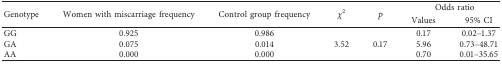
<table><thead><tr><td rowspan="2"><b>Genotype</b></td><td rowspan="2"><b>Women with miscarriage frequency</b></td><td rowspan="2"><b>Control group frequency</b></td><td rowspan="2"><b><i>χ</i><sup>2</sup></b></td><td rowspan="2"><b><i>p</i></b></td><td colspan="2"><b>Odds ratio</b></td></tr><tr><td><b>Values</b></td><td><b>95% CI</b></td></tr></thead><tbody><tr><td>GG</td><td>0.925</td><td>0.986</td><td rowspan="3">3.52</td><td rowspan="3">0.17</td><td>0.17</td><td>0.02–1.37</td></tr><tr><td>GA</td><td>0.075</td><td>0.014</td><td>5.96</td><td>0.73–48.71</td></tr><tr><td>AA</td><td>0.000</td><td>0.000</td><td>0.70</td><td>0.01–35.65</td></tr></tbody></table>